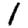
Digit: 1